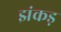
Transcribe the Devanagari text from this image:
झंकड़